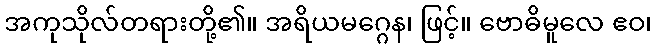
အကုသိုလ်တရားတို့၏။ အရိယမဂ္ဂေန၊ ဖြင့်။ ဗောဓိမူလေ ဧဝ၊